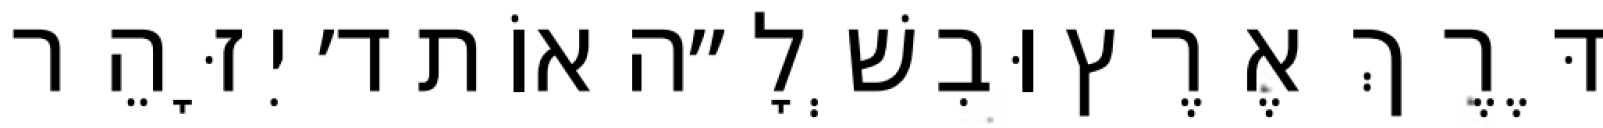
דֶּרֶךְ אֶרֶץ וּבִשְׁלָ״ה אוֹת ד׳ יִזָּהֵר